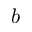
b